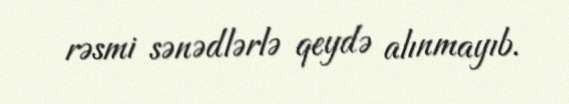
rəsmi sənədlərlə qeydə alınmayıb.